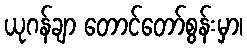
ယုဂန်ချာ တောင်တော်စွန်းမှာ၊